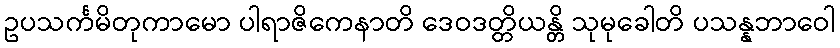
ဥပသင်္ကမိတုကာမော ပါရာဇိကေနာတိ ဒေဝဒတ္တိယန္တိ သုမုခေါတိ ပသန္နဘာဝေါ